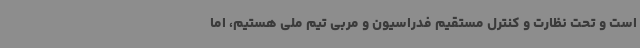
است و تحت نظارت و کنترل مستقیم فدراسیون و مربی تیم ملی هستیم، اما